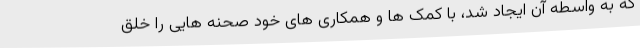
که به واسطه آن ایجاد شد، با کمک ها و همکاری های خود صحنه هایی را خلق